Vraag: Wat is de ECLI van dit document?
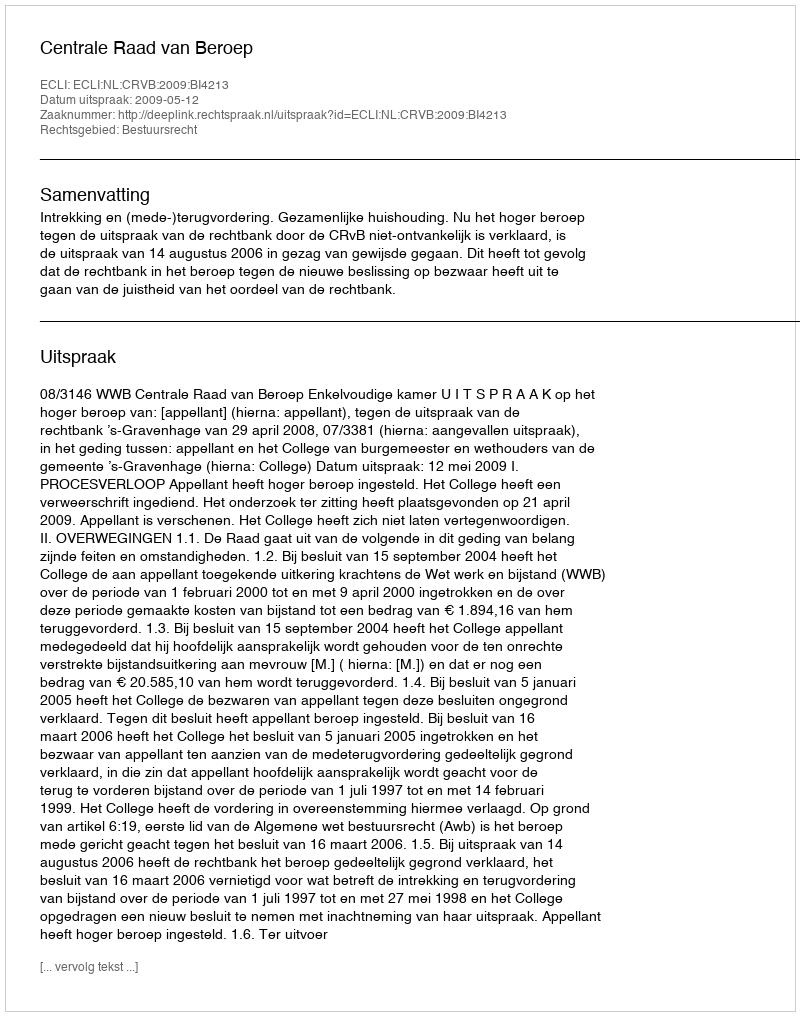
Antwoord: ECLI:NL:CRVB:2009:BI4213